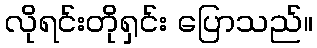
လိုရင်းတိုရှင်း ပြောသည်။